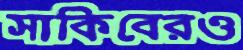
সাকিবেরও